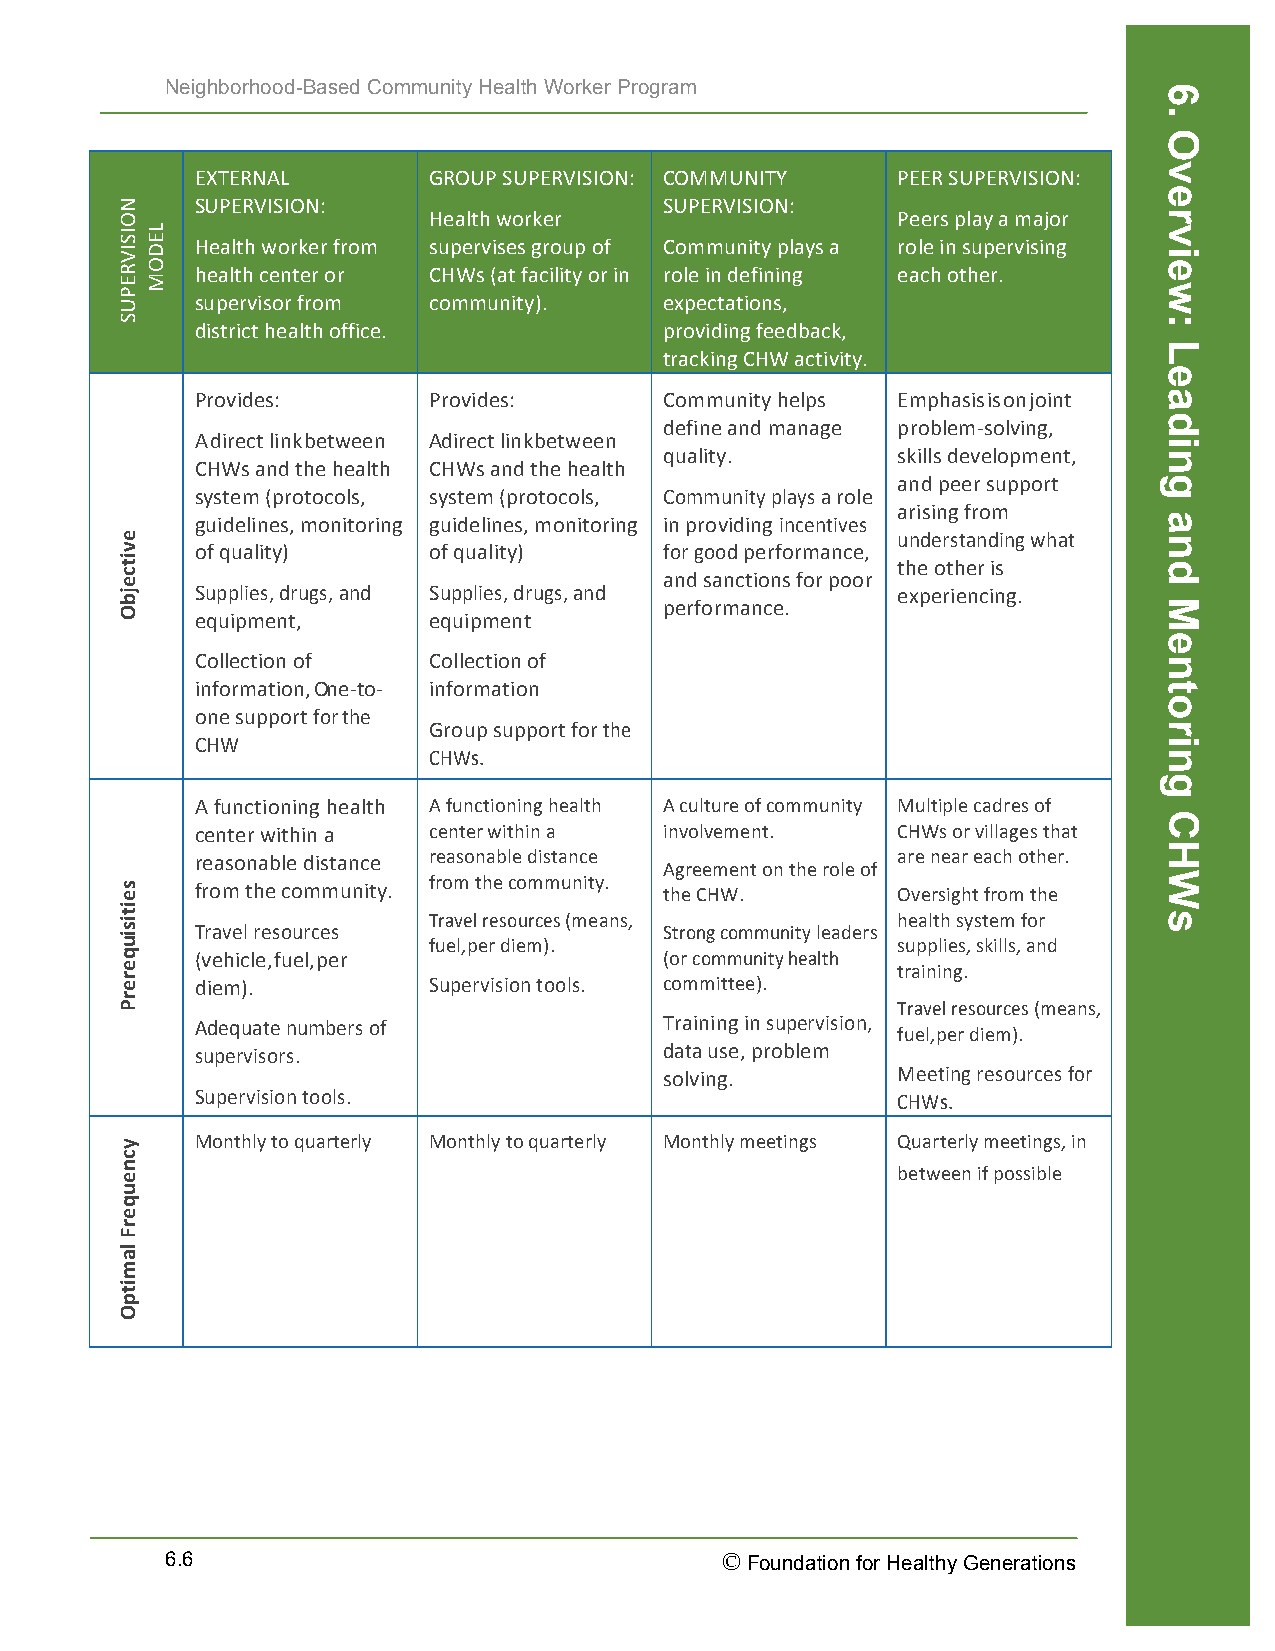
Neighborhood-Based Community Health Worker Program
 EXTERNAL       GROUP SUPERVISION: COMMUNITY   PEER SUPERVISION:
 SUPERVISION:                   SUPERVISION:
 Health worker                  Peers play a major
 Health worker from supervises group of Community plays a role in supervising
 health center or CHWs (at facility or in role in defining each other.
 supervisor from community).    expectations,
 district health office.        providing feedback,
 tracking CHW activity.
 Provides:      Provides:       Community helps Emphasis is on joint
 define and manage problem-­‐solving,
 A direct link between A direct link between
 quality.       skills development,
 CHWs and the health CHWs and the health
 and peer support
 system (protocols, system (protocols, Community plays a role
 arising from
 guidelines, monitoring guidelines, monitoring in providing incentives
 understanding what
 of quality)    of quality)     for good performance,
 the other is
 and sanctions for poor
 Supplies, drugs, and Supplies, drugs, and     experiencing.
 performance.
 equipment,     equipment
 Collection of  Collection of
 information, One-­‐to-­‐ information
 one support for the
 Group support for the
 CHW
 CHWs.
 A functioning health A functioning health A culture of community Multiple cadres of
 center within a center within a involvement.  CHWs or villages that
 reasonable distance reasonable distance       are near each other.
 Agreement on the role of
 from the community.
 from the community.            the CHW.       Oversight from the
 Travel resources (means,       health system for
 Travel resources               Strong community leaders
 fuel, per diem).               supplies, skills, and
 (vehicle, fuel, per            (or community health
 training.
 diem).         Supervision tools. committee).
 Travel resources (means,
 Adequate numbers of            Training in supervision,
 fuel, per diem).
 supervisors.                   data use, problem
 solving.       Meeting resources for
 Supervision tools.                            CHWs.
 Monthly to quarterly Monthly to quarterly Monthly meetings Quarterly meetings, in
 between if possible
 6.6                                  © Foundation for Healthy Generations
 NOISIVREPUS
 evitcejbO
 seitisiuqererP
 ycneuqerF
 lamitpO
 LEDOM
 6.
 Overview:
 Leading
 and
 Mentoring
 CHWs